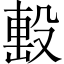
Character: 𣪠